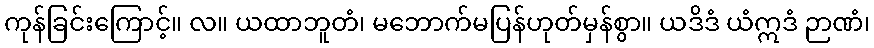
ကုန်ခြင်းကြောင့်။ လ။ ယထာဘူတံ၊ မဘောက်မပြန်ဟုတ်မှန်စွာ။ ယဒိဒံ ယံဣဒံ ဉာဏံ၊